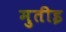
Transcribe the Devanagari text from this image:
मुतीइ